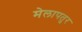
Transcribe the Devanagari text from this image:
मेलापतुर